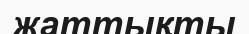
жаттықты